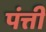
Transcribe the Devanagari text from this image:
पंत्ती